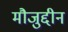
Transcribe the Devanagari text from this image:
मौजुद्दीन